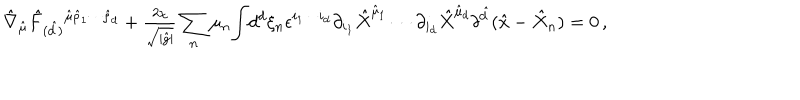
\hat { \nabla } _ { \hat { \mu } } \hat { F } _ { ( \hat { d } ) } { } ^ { \hat { \mu } \hat { \rho } _ { 1 } \cdots \hat { \rho } _ { d } } + { \textstyle \frac { 2 \chi } { \sqrt { | \hat { g } | } } } \sum _ { n } \mu _ { n } { \displaystyle \int } d ^ { d } \xi _ { n } \epsilon ^ { i _ { 1 } \cdots i _ { d } } \partial _ { i _ { 1 } } \hat { X } ^ { \hat { \mu } _ { 1 } } \cdots \partial _ { i _ { d } } \hat { X } ^ { \hat { \mu } _ { d } } \delta ^ { \hat { d } } ( \hat { x } - \hat { X } _ { n } ) = 0 \, ,